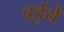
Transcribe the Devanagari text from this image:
चईये